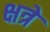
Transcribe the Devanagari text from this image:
क्षत्रे